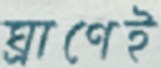
ঘ্রাণেই